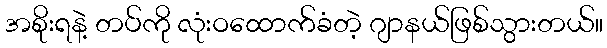
အစိုးရနဲ့ တပ်ကို လုံးဝထောက်ခံတဲ့ ဂျာနယ်ဖြစ်သွားတယ်။